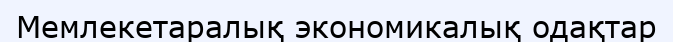
Мемлекетаралық экономикалық одақтар